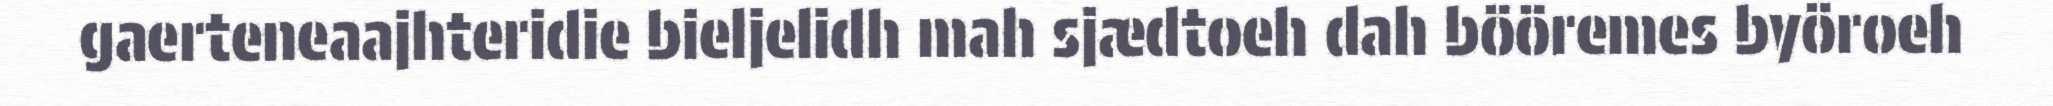
gaerteneaajhteridie bieljelidh mah sjædtoeh dah bööremes byöroeh